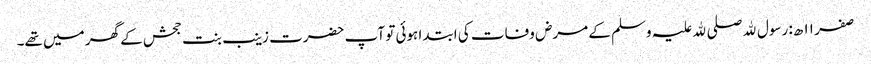
صفر ۱۱ ھ: رسول ﷲ صلی ﷲ علیہ وسلم کے مرض وفات کی ابتدا ہوئی تو آپ حضرت زینب بنت جحش کے گھر میں تھے۔